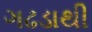
ગઢડાથી